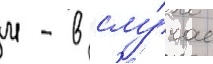
м - в слу́чае